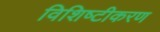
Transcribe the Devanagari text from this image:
विशिष्‍टीकरण